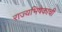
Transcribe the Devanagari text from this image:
राज्यभिषेकाची